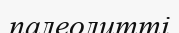
палеолитті